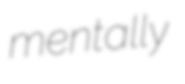
mentally